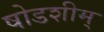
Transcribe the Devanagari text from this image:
षोडशीम्